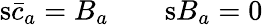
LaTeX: \mathrm{s}\bar{c}_{a}=B_{a}\qquad\mathrm{s}B_{a}=0